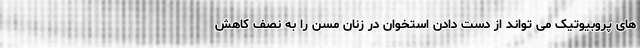
های پروبیوتیک می تواند از دست دادن استخوان در زنان مسن را به نصف کاهش